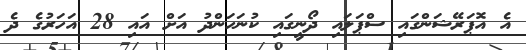
އެ އޮޕަރޭޝަންގައި ސްޕަލައި ދޯނީގައި ކުނަހަންދު އަށް އައި 28 އަހަރުގެ ދެ